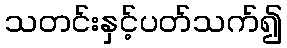
သတင်းနှင့်ပတ်သက်၍